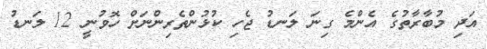
އަދި މުބާރާތުގެ އެންމެ ގިނަ ލަނޑު ޖެހި ކުޅުންތެރިންނަށް ހޮވުނީ 12 ލަނޑު